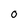
Character: 0